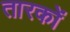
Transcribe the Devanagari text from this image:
तारकों